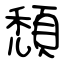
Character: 頹